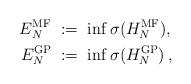
LaTeX: \begin{align*}E_{N}^{\operatorname{MF}}\;&:=\;\inf\sigma( {H}_{N}^{\operatorname{MF}}), \\E_{N}^{\operatorname{GP}}\;&:=\;\inf\sigma( {H}_{N}^{\operatorname{GP}})\,,\end{align*}